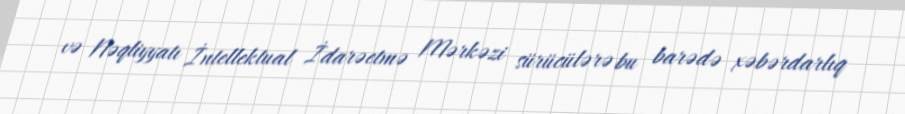
və Nəqliyyatı İntellektual İdarəetmə Mərkəzi sürücülərə bu barədə xəbərdarlıq